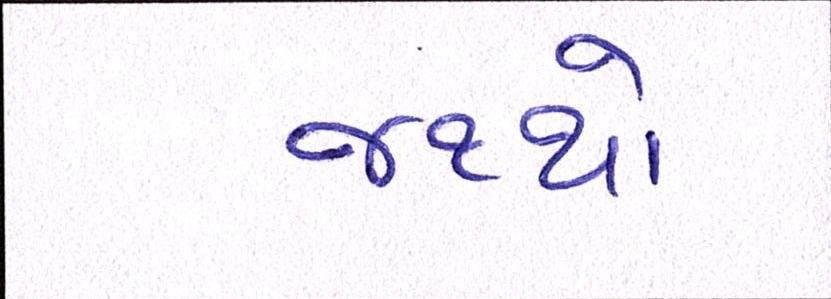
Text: જથ્થો